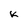
Character: k